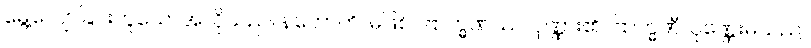
မွေ့လျော်ခြင်းဟူသောအလိုသည်။ နဟောတိ၊ မဖြစ်။ ဗြာဟ္မဏဿ၊ ပုဏ္ဏား၏။ ဗြာဟ္မဏီ၊ ပုဏ္ဏေးမသည်။